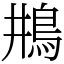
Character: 𩾺